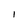
Character: l